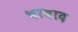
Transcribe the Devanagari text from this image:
चाबाद